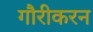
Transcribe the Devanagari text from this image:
गौरीकरन